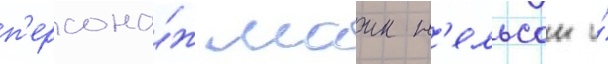
п'ерсона́ж маик н'ельсон и́